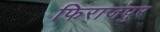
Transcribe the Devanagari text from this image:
फिराजपुर